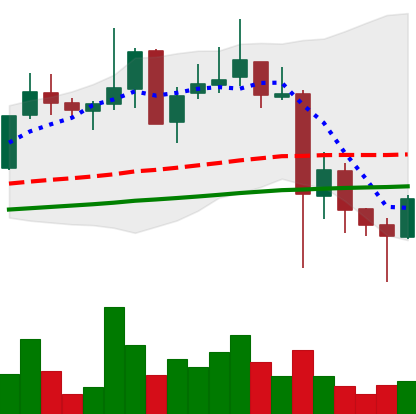
Ticker: XLM-USD
Chart end date: 2021-05-24
Forward return: -16.499%
Label: down_7plus